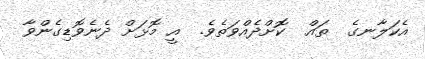
އެކަލާނގެ  ތައް  ކޮށްދެއްވަތެވެ.  އީ މޮޅަށް ދެނެވޮޑިގެންވާ